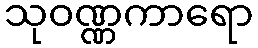
သုဝဏ္ဏကာရော